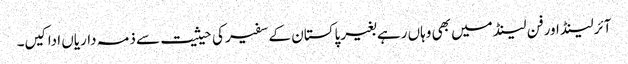
آئرلینڈ اورفن لینڈ میں بھی وہاں رہے بغیر پاکستان کے سفیر کی حیثیت سے ذمہ داریاں ادا کیں۔